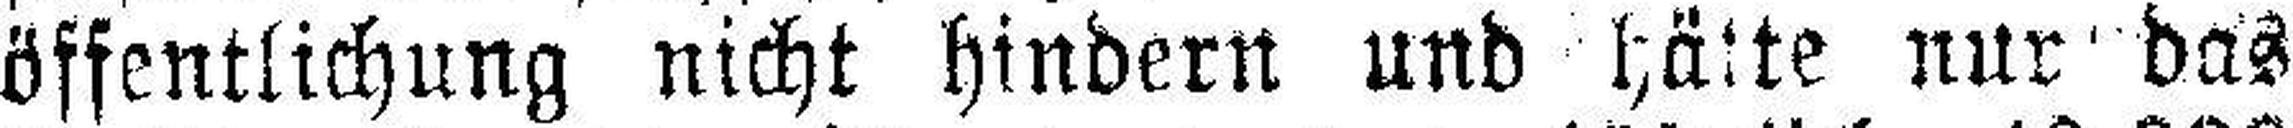
öffentlichung nicht hindern und hätte nur das